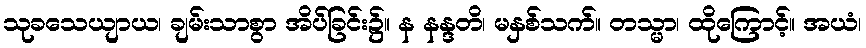
သုခသေယျာယ၊ ချမ်းသာစွာ အိပ်ခြင်း၌။ န နန္ဒတိ၊ မနှစ်သက်။ တသ္မာ၊ ထိုကြောင့်။ အယံ၊